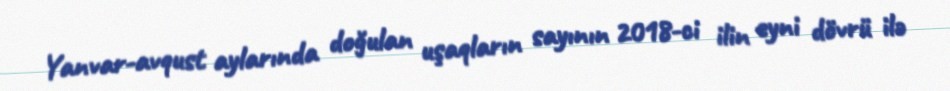
Yanvar-avqust aylarında doğulan uşaqların sayının 2018-ci ilin eyni dövrü ilə